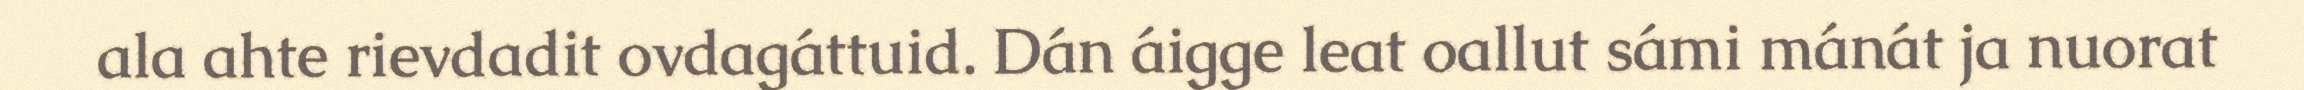
ala ahte rievdadit ovdagáttuid. Dán áigge leat oallut sámi mánát ja nuorat